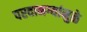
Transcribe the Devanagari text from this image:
परवानग्यांमुळे